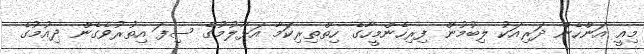
މިއީ އަންހެން ދަރިއަކު ލިބުމުން ފިރިހެންމީހާގެ ހިތްތިރިކަމާ އަޅާލުމުގެ ސިފަ އިތުރުވެގެން ދިއުމުގެ